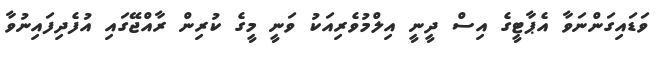
ވަޑައިގަންނަވާ އެޕާޓީގެ އިސް ދީނީ އިލްމުވެރިއަކު ވަނީ މީގެ ކުރިން ރާއްޖޭގައި އުފެދިފައިނުވާ